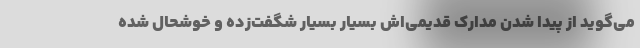
می‌گوید از پیدا شدن مدارک قدیمی‌اش بسیار بسیار شگفت‌زده و خوشحال شده